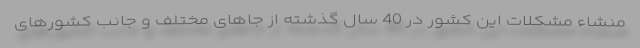
منشاء مشکلات این کشور در 40 سال گذشته از جاهای مختلف و جانب کشورهای